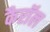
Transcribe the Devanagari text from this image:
कैराॅल